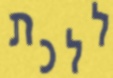
ללכת